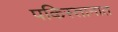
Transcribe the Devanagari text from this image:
पकिस्तानात